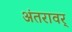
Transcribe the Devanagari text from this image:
अंतरावर्